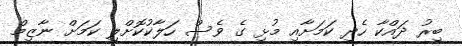
ބިރު ދައްކާ ހެދި ކަމަށާއި މުޅި ގެ ވެސް ހަލާކުކޮށްލި ކަމަށް ނާޒިމް